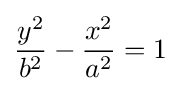
{\frac {y^{2}}{b^{2}}}-{\frac {x^{2}}{a^{2}}}=1